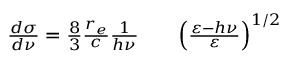
\begin{array} { r l r } { \frac { d \sigma } { d \nu } = \frac { 8 } { 3 } \frac { r _ { e } } { c } \frac { 1 } { h \nu } } & { { } } & { \left( \frac { \varepsilon - h \nu } { \varepsilon } \right) ^ { 1 / 2 } } \end{array}